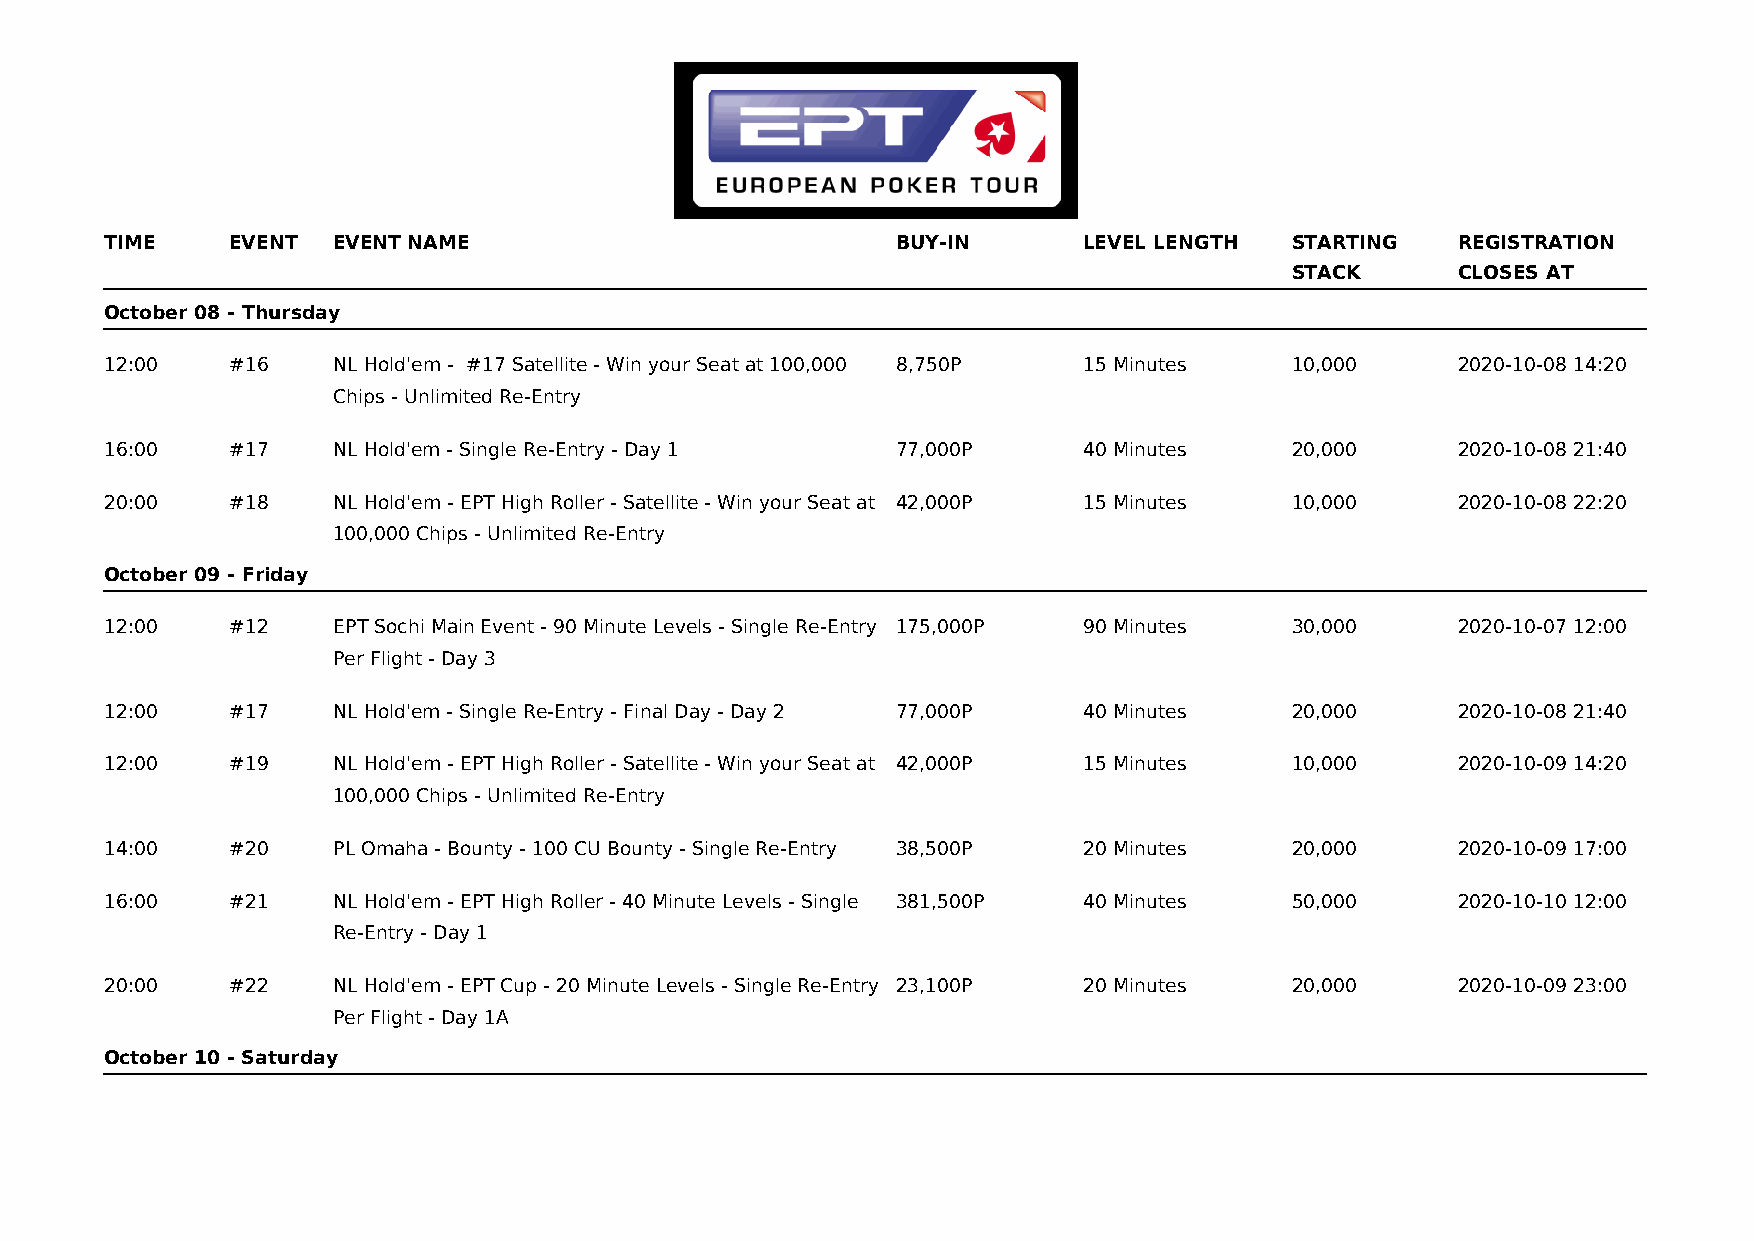
TIME    EVENT  EVENT NAME                           BUY-IN       LEVEL LENGTH  STARTING   REGISTRATION
 STACK      CLOSES AT
 October 08 - Thursday
 12:00   #16    NL Hold'em - #17 Satellite - Win your Seat at 100,000 8,750P 15 Minutes 10,000 2020-10-08 14:20
 Chips - Unlimited Re-Entry
 16:00   #17    NL Hold'em - Single Re-Entry - Day 1 77,000P      40 Minutes    20,000     2020-10-08 21:40
 20:00   #18    NL Hold'em - EPT High Roller - Satellite - Win your Seat at 42,000P 15 Minutes 10,000 2020-10-08 22:20
 100,000 Chips - Unlimited Re-Entry
 October 09 - Friday
 12:00   #12    EPT Sochi Main Event - 90 Minute Levels - Single Re-Entry 175,000P 90 Minutes 30,000 2020-10-07 12:00
 Per Flight - Day 3
 12:00   #17    NL Hold'em - Single Re-Entry - Final Day - Day 2 77,000P 40 Minutes 20,000 2020-10-08 21:40
 12:00   #19    NL Hold'em - EPT High Roller - Satellite - Win your Seat at 42,000P 15 Minutes 10,000 2020-10-09 14:20
 100,000 Chips - Unlimited Re-Entry
 14:00   #20    PL Omaha - Bounty - 100 CU Bounty - Single Re-Entry 38,500P 20 Minutes 20,000 2020-10-09 17:00
 16:00   #21    NL Hold'em - EPT High Roller - 40 Minute Levels - Single 381,500P 40 Minutes 50,000 2020-10-10 12:00
 Re-Entry - Day 1
 20:00   #22    NL Hold'em - EPT Cup - 20 Minute Levels - Single Re-Entry 23,100P 20 Minutes 20,000 2020-10-09 23:00
 Per Flight - Day 1A
 October 10 - Saturday